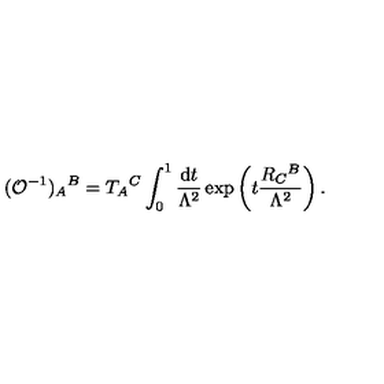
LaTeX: ( { \cal O } ^ { - 1 } ) _ { A } { } ^ { B } = T _ { A } { } ^ { C } \int _ { 0 } ^ { 1 } \frac { \mathrm { d } t } { \Lambda ^ { 2 } } \exp \left( t \frac { R _ { C } { } ^ { B } } { \Lambda ^ { 2 } } \right) .